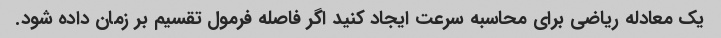
یک معادله ریاضی برای محاسبه سرعت ایجاد کنید اگر فاصله فرمول تقسیم بر زمان داده شود.